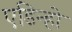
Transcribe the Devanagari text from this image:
एडिन्हो